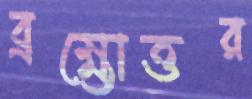
ব্রহ্মোত্তর